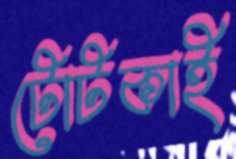
টোটকাই